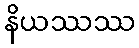
နိယဿဿ